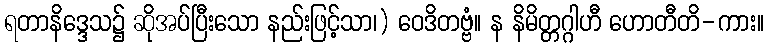
ရတာနိဒ္ဒေသ၌ ဆိုအပ်ပြီးသော နည်းဖြင့်သာ၊) ဝေဒိတဗ္ဗံ။ န နိမိတ္တဂ္ဂါဟီ ဟောတီတိ-ကား။